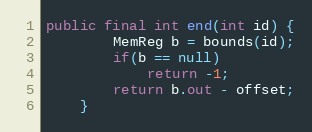
Language: Java
public final int end(int id) {
        MemReg b = bounds(id);
        if(b == null)
            return -1;
        return b.out - offset;
    }